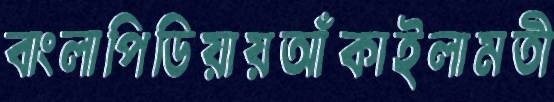
বাংলাপিডিয়ায়আঁকাইলামতী